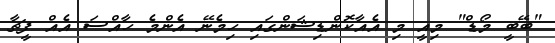
"ބޭބީ މޯޑް" މިއީ މި އެއާކޮންޑިޝަންގައި ހިމެނޭ އެންމެ ހާއްސަ އެއް ފީޗާ